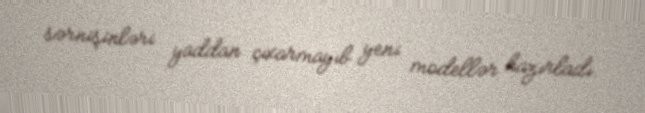
sərnişinləri yaddan çıxarmayıb yeni modellər hazırladı.